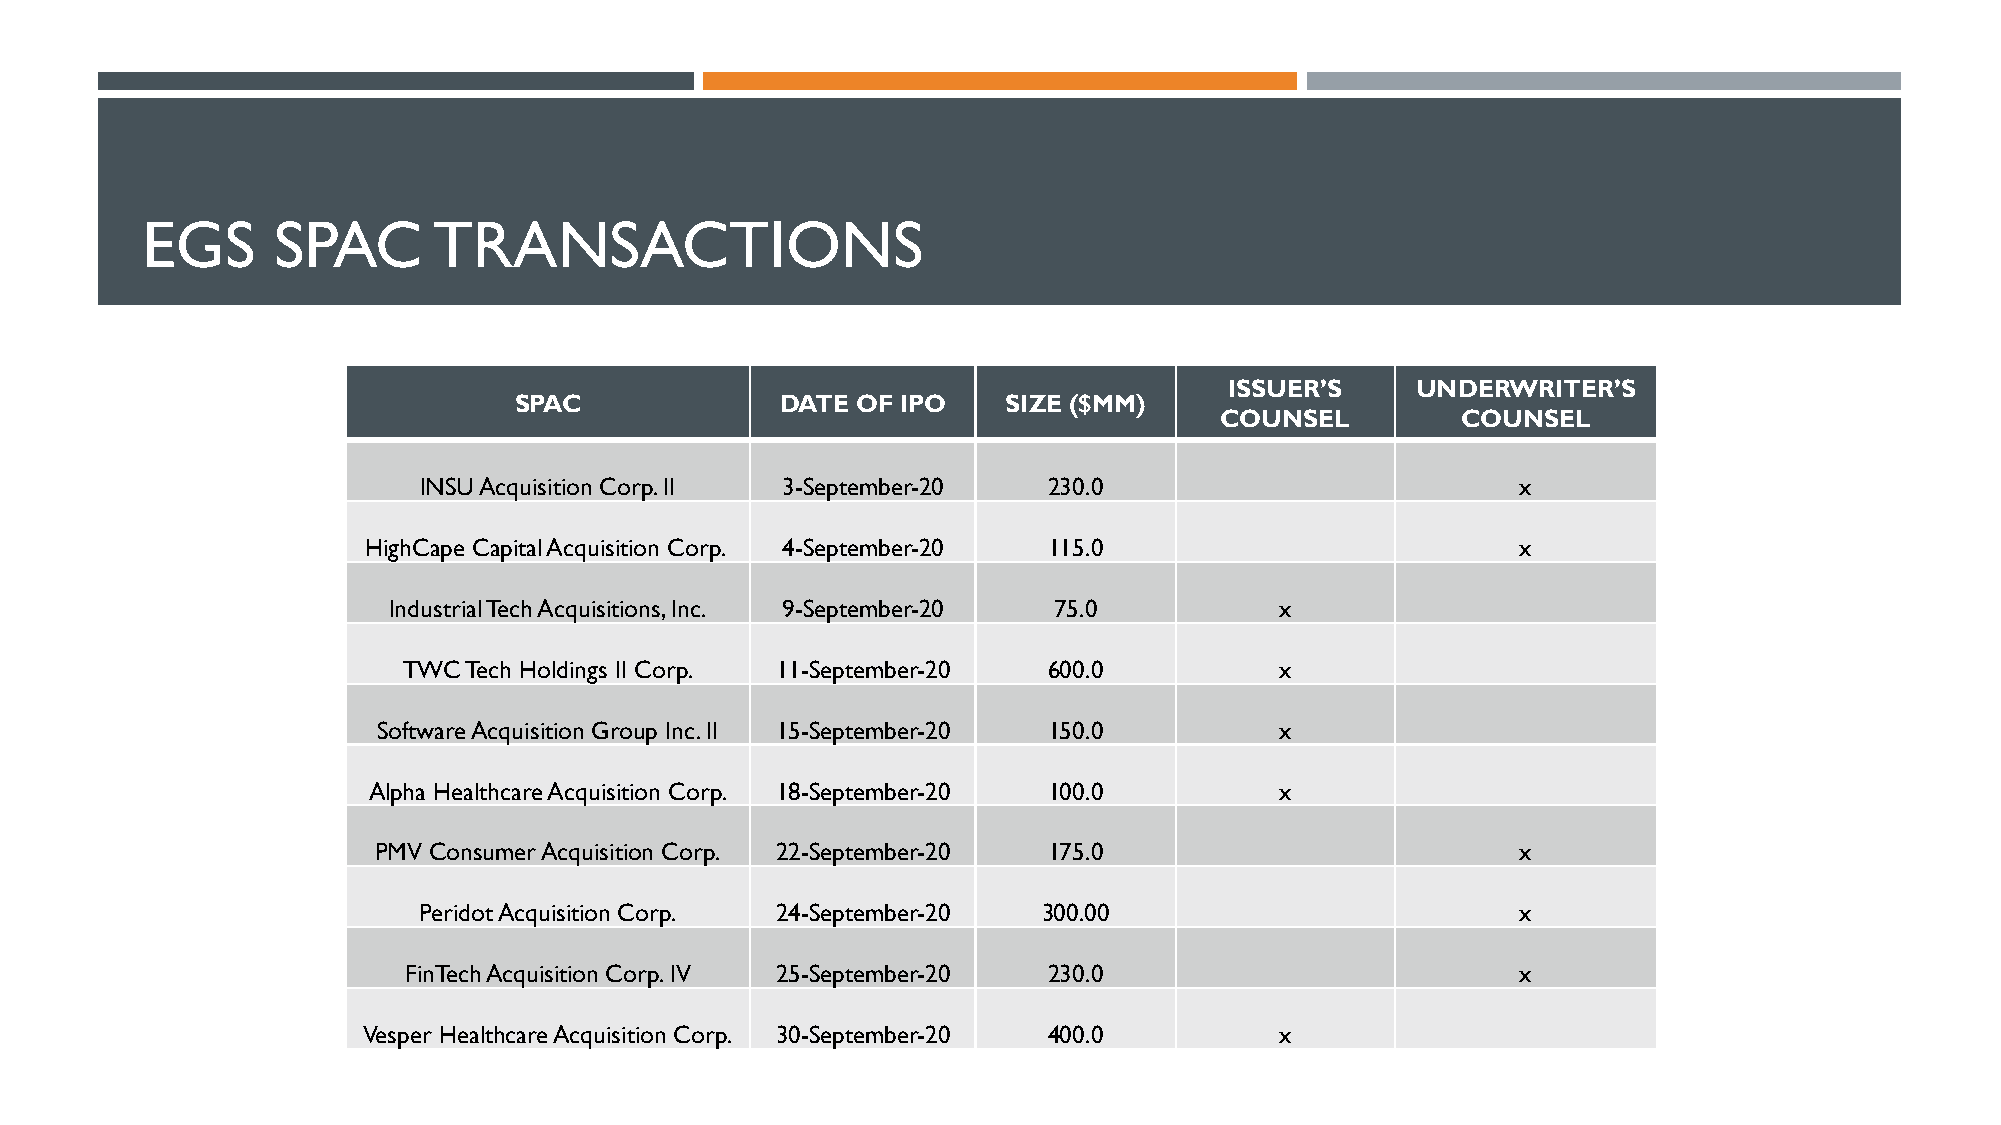
EGS      SPAC       TRANSACTIONS
 ISSUER’S     UNDERWRITER’S
 SPAC              DATE OF IPO    SIZE ($MM)
 COUNSEL         COUNSEL
 INSU Acquisition Corp. II 3-September-20 230.0                           x
 HighCape Capital Acquisition Corp. 4-September-20 115.0                      x
 Industrial Tech Acquisitions, Inc. 9-September-20 75.0     x
 TWC Tech Holdings II Corp. 11-September-20 600.0          x
 Software Acquisition Group Inc. II 15-September-20 150.0    x
 Alpha Healthcare Acquisition Corp. 18-September-20 100.0     x
 PMV Consumer Acquisition Corp. 22-September-20 175.0                        x
 PeridotAcquisition Corp. 24-September-20 300.00                          x
 FinTechAcquisition Corp. IV 25-September-20 230.0                         x
 Vesper Healthcare Acquisition Corp. 30-September-20 400.0    x